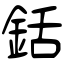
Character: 銛